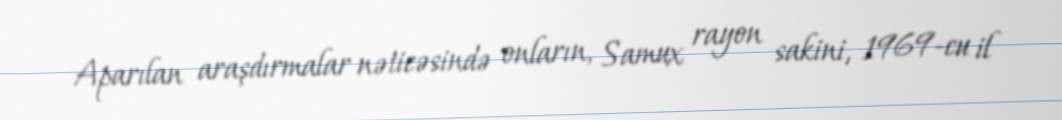
Aparılan araşdırmalar nəticəsində onların, Samux rayon sakini, 1969-cu il